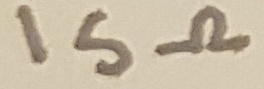
Text: 15Ω